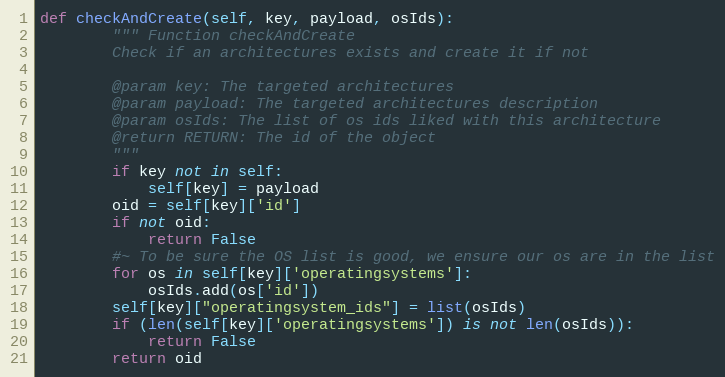
Language: Python
def checkAndCreate(self, key, payload, osIds):
        """ Function checkAndCreate
        Check if an architectures exists and create it if not

        @param key: The targeted architectures
        @param payload: The targeted architectures description
        @param osIds: The list of os ids liked with this architecture
        @return RETURN: The id of the object
        """
        if key not in self:
            self[key] = payload
        oid = self[key]['id']
        if not oid:
            return False
        #~ To be sure the OS list is good, we ensure our os are in the list
        for os in self[key]['operatingsystems']:
            osIds.add(os['id'])
        self[key]["operatingsystem_ids"] = list(osIds)
        if (len(self[key]['operatingsystems']) is not len(osIds)):
            return False
        return oid